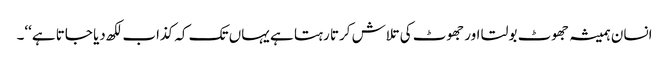
انسان ہمیشہ جھوٹ بولتا اور جھوٹ کی تلاش کرتا رہتا ہے یہاں تک کہ کذاب لکھ دیا جاتا ہے‘‘۔